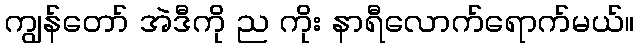
ကျွန်တော် အဲဒီကို ည ကိုး နာရီလောက်ရောက်မယ်။